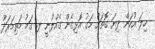
ހިލަ އުކަން ދިޔަ ގޮތަށް މަގު އޮޅިގެން ގެއްލުނީ ލ. ގަމު މަތިމަރަދޫ